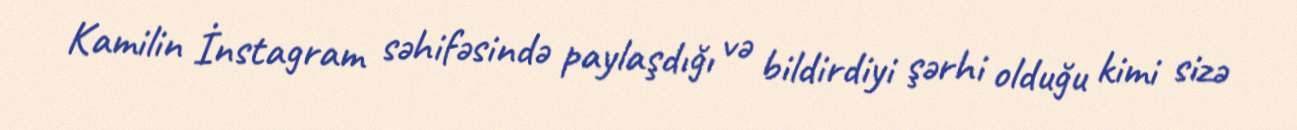
Kamilin İnstagram səhifəsində paylaşdığı və bildirdiyi şərhi olduğu kimi sizə